Tartu_kinnistusamet, lk 8
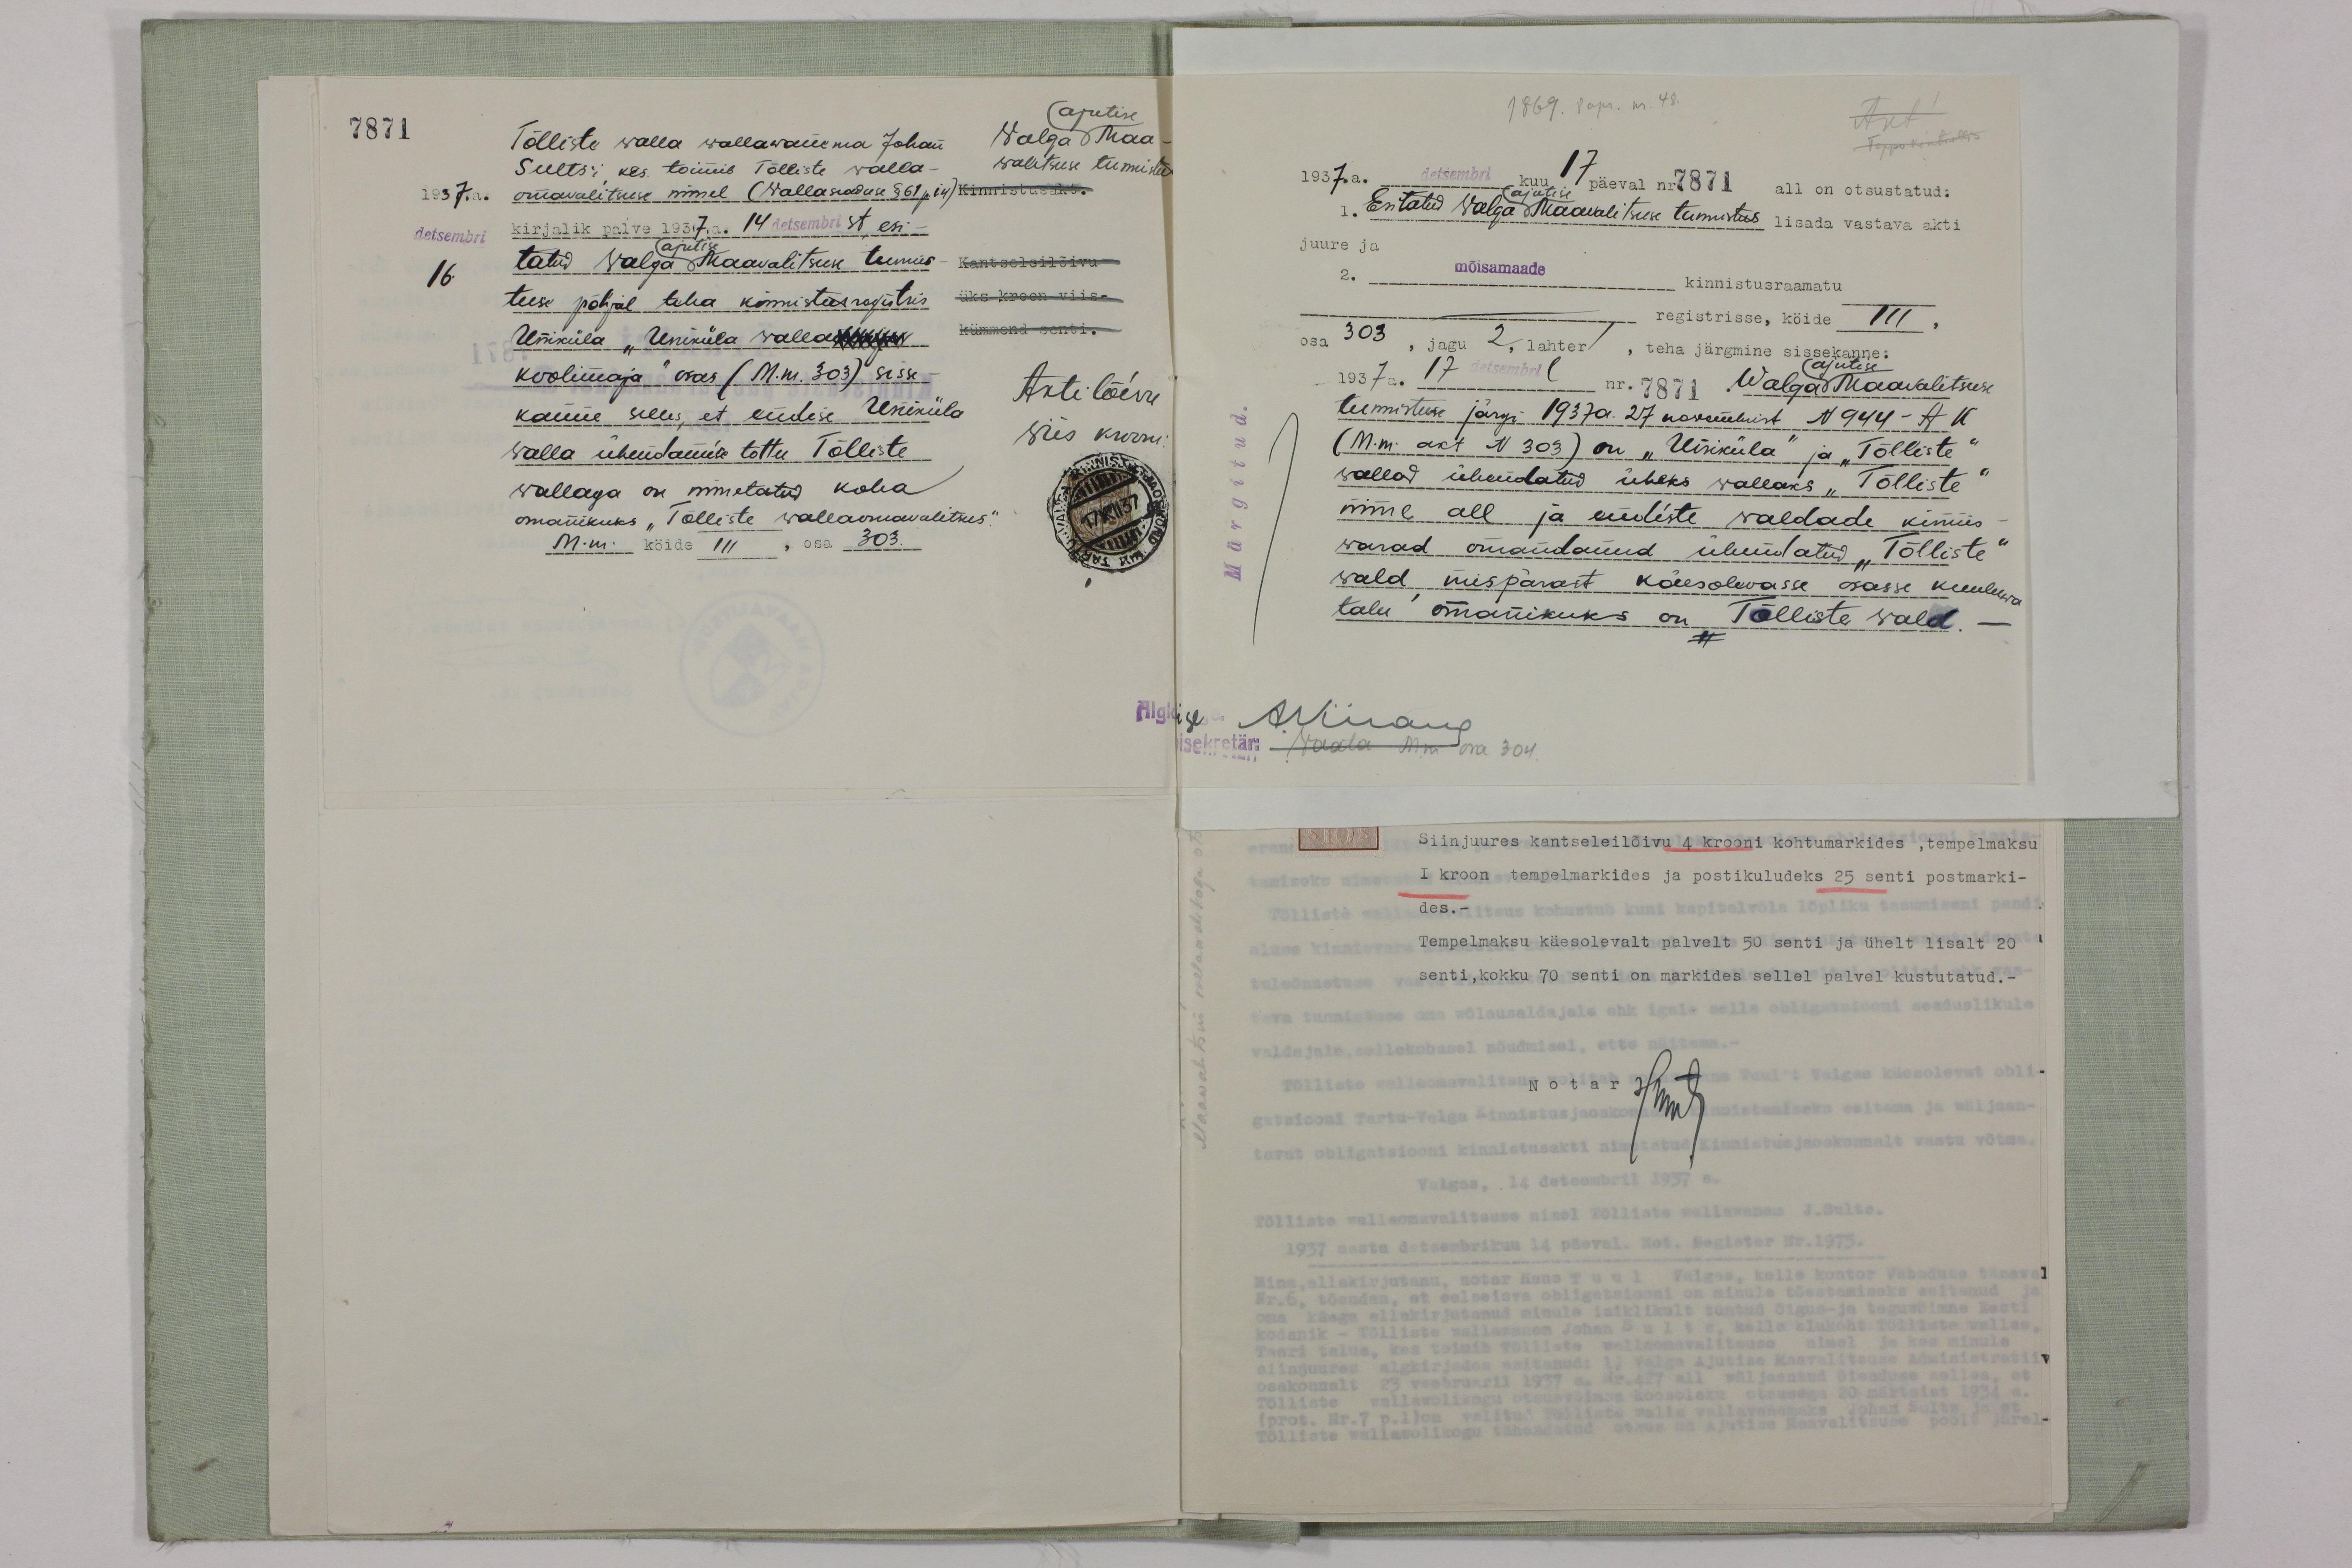
7871
ajutise
Walga Maa-
walitsuse tunnistus
Tõlliste walla wallawanema Johan
Sults'i, kes toimib Tõlliste walla-
omavalitsuse nimel (Wallawaduse § 61 ja i4) kinnistusakt.
kirjalik palve 1937. a. 14 detsembrist, esi -
ajutise
tatud Walga Maavalitsuse tunnis- kantseleilõivu
üks kroon viis.
kümmend senti.
tuse põhjal teha kinnistusregistis
Uniküla "Uniküla walla kuidas
koolimaja" osas (M.m. 303) sisse-
kanne selles, et endise Uniküla
Walla ühendamise tõttu Tõlliste
vallaga on nimetatud koha
omanikuks "Tõlliste wallaomavalitsus".
M. m. köide 111, osa 303.
Akti lõivu
viis krooni.
1937. a.
detsembri
16.

1869. 8 apr. nr. 48.
Akt!
Tõppokontrollis
1937.a. detsembri kuu 17 päeval nr 7871 all on otsustatud.
ajutise
1. Esitatud Walga Maavalitsuse tunnistus lisada vastava akti
juure ja
2. mõisamaade kinnistusraamatu
registrisse, köide 111.
osa 303, jagu 2, lahter 1. teha järgmise sissekanne,
ajutise
1937 a. 17 detsembri ( nr. 7871 Walga Maavalitsuse
teennistuse järgi 1937a. 27. novembrist N 944 - A. K.
(M. m. akt N: 303) on "Uniküla" ja "Tõlliste"
wallad ühendatud üheks wallaks "Tõlliste"
nime all ja endiste waldade kinnis-
warad omandanud ühendatud "Tõlliste"
wald, mispärast käesolevasse osasse kuuluwa
talu omanikuks on Tõlliste wald.
Algkiri Minaud
sekretär. Waata Minu ma 3/4
Siinjuures kantseleilõivu 4 krooni kohtumarkides, tempelmaksu
I kroon tempelmarkides ja postikuludeks 25 senti postmarki-
des.-
Tempelmaksu käesolevalt palvelt 50 senti ja ühelt lisalt 20
senti, kokku 70 senti on markides sellel palvel kustutatud.-
Notar